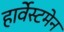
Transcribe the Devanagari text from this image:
हार्वेस्टमेन